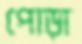
পোড়া